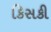
કિસકી